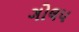
ગોલપ